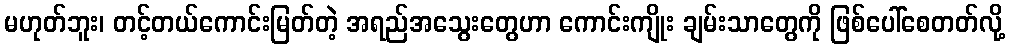
မဟုတ်ဘူး၊ တင့်တယ်ကောင်းမြတ်တဲ့ အရည်အသွေးတွေဟာ ကောင်းကျိုး ချမ်းသာတွေကို ဖြစ်ပေါ်စေတတ်လို့